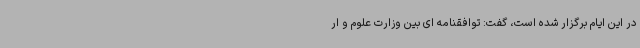
در این ایام برگزار شده است، گفت: توافقنامه ای بین وزارت علوم و ار